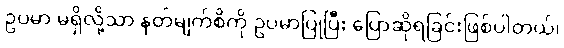
ဥပမာ မရှိလို့သာ နတ်မျက်စိကို ဥပမာပြုပြီး ပြောဆိုရခြင်းဖြစ်ပါတယ်၊